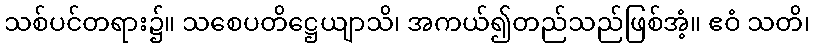
သစ်ပင်တရား၌။ သစေပတိဋ္ဌေယျာသိ၊ အကယ်၍တည်သည်ဖြစ်အံ့။ ဧဝံ သတိ၊